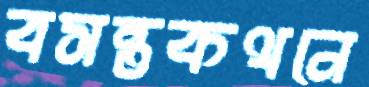
বসন্তকথনে